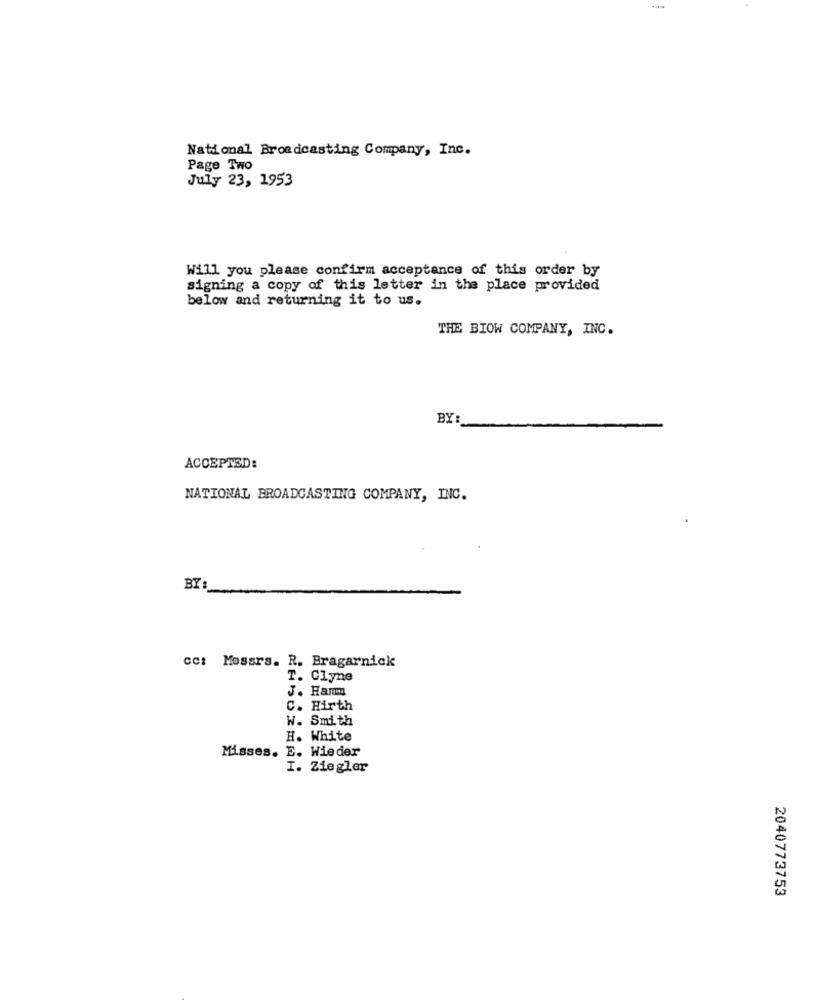
National Broadcasting Company, Inc.
Page Two
July 23, 1953
Will you please confirm acceptance of this order by
signing a copy of this letter in the place provided
below and returning it to us.
THE BIOW COMPANY, INC.
BY:
ACCEPTED:
NATIONAL BROADCASTING COMPANY, INC.
BY
cc: Messrs. R. Bragarnick
T. Clyne
J. Harm
C. Hirth
W. Smith
H. White
Misses. E. Wieder
I. Ziegler
2040773753